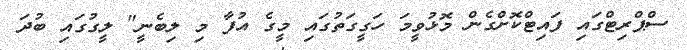
ސްޕްރިޓްގައި ފައިޓްކޮށްގެން މޮޅުވީމަ ހަގީގަތުގައި މީގެ އުފާ މި ލިބެނީ" ލީގުގައި ބުދަ